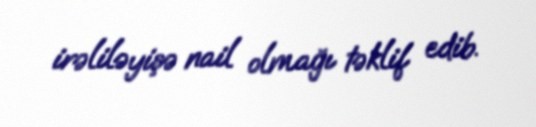
irəliləyişə nail olmağı təklif edib.